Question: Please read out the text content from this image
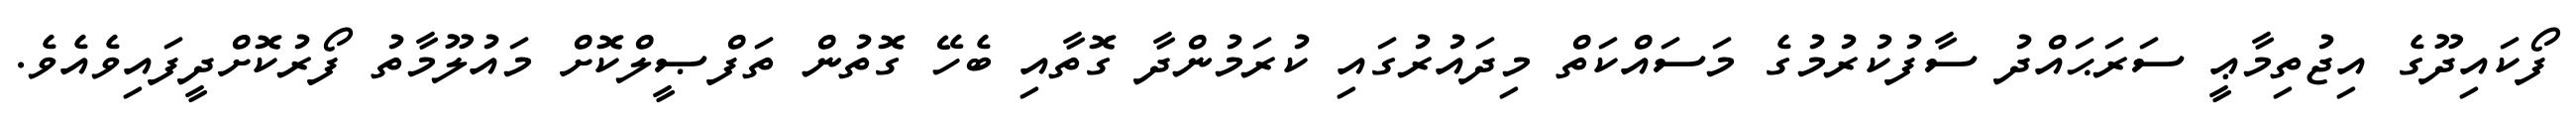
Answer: ފޯކައިދޫގެ އިޖުތިމާޢީ ސަރަޙައްދު ސާފުކުރުމުގެ މަސައްކަތް މިދައުރުގައި ކުރަމުންދާ ގޮތާއި ބެހޭ ގޮތުން ތަފްޞީލްކޮށް މައުލޫމާތު ފޯރުކޮށްދީފައިވެއެވެ.